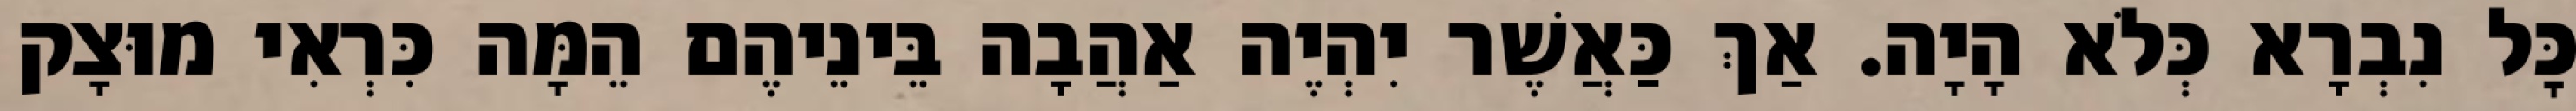
כׇּל נִבְרָא כְּלֹא הָיָה. אַךְ כַּאֲשֶׁר יִהְיֶה אַהֲבָה בֵּינֵיהֶם הֵמָּה כִּרְאִי מוּצָק